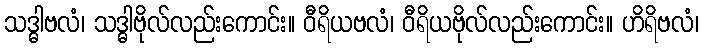
သဒ္ဓါဗလံ၊ သဒ္ဓါဗိုလ်လည်းကောင်း။ ဝီရိယဗလံ၊ ဝီရိယဗိုလ်လည်းကောင်း။ ဟိရိဗလံ၊